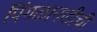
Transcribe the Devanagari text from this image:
पिंगळानाडीची